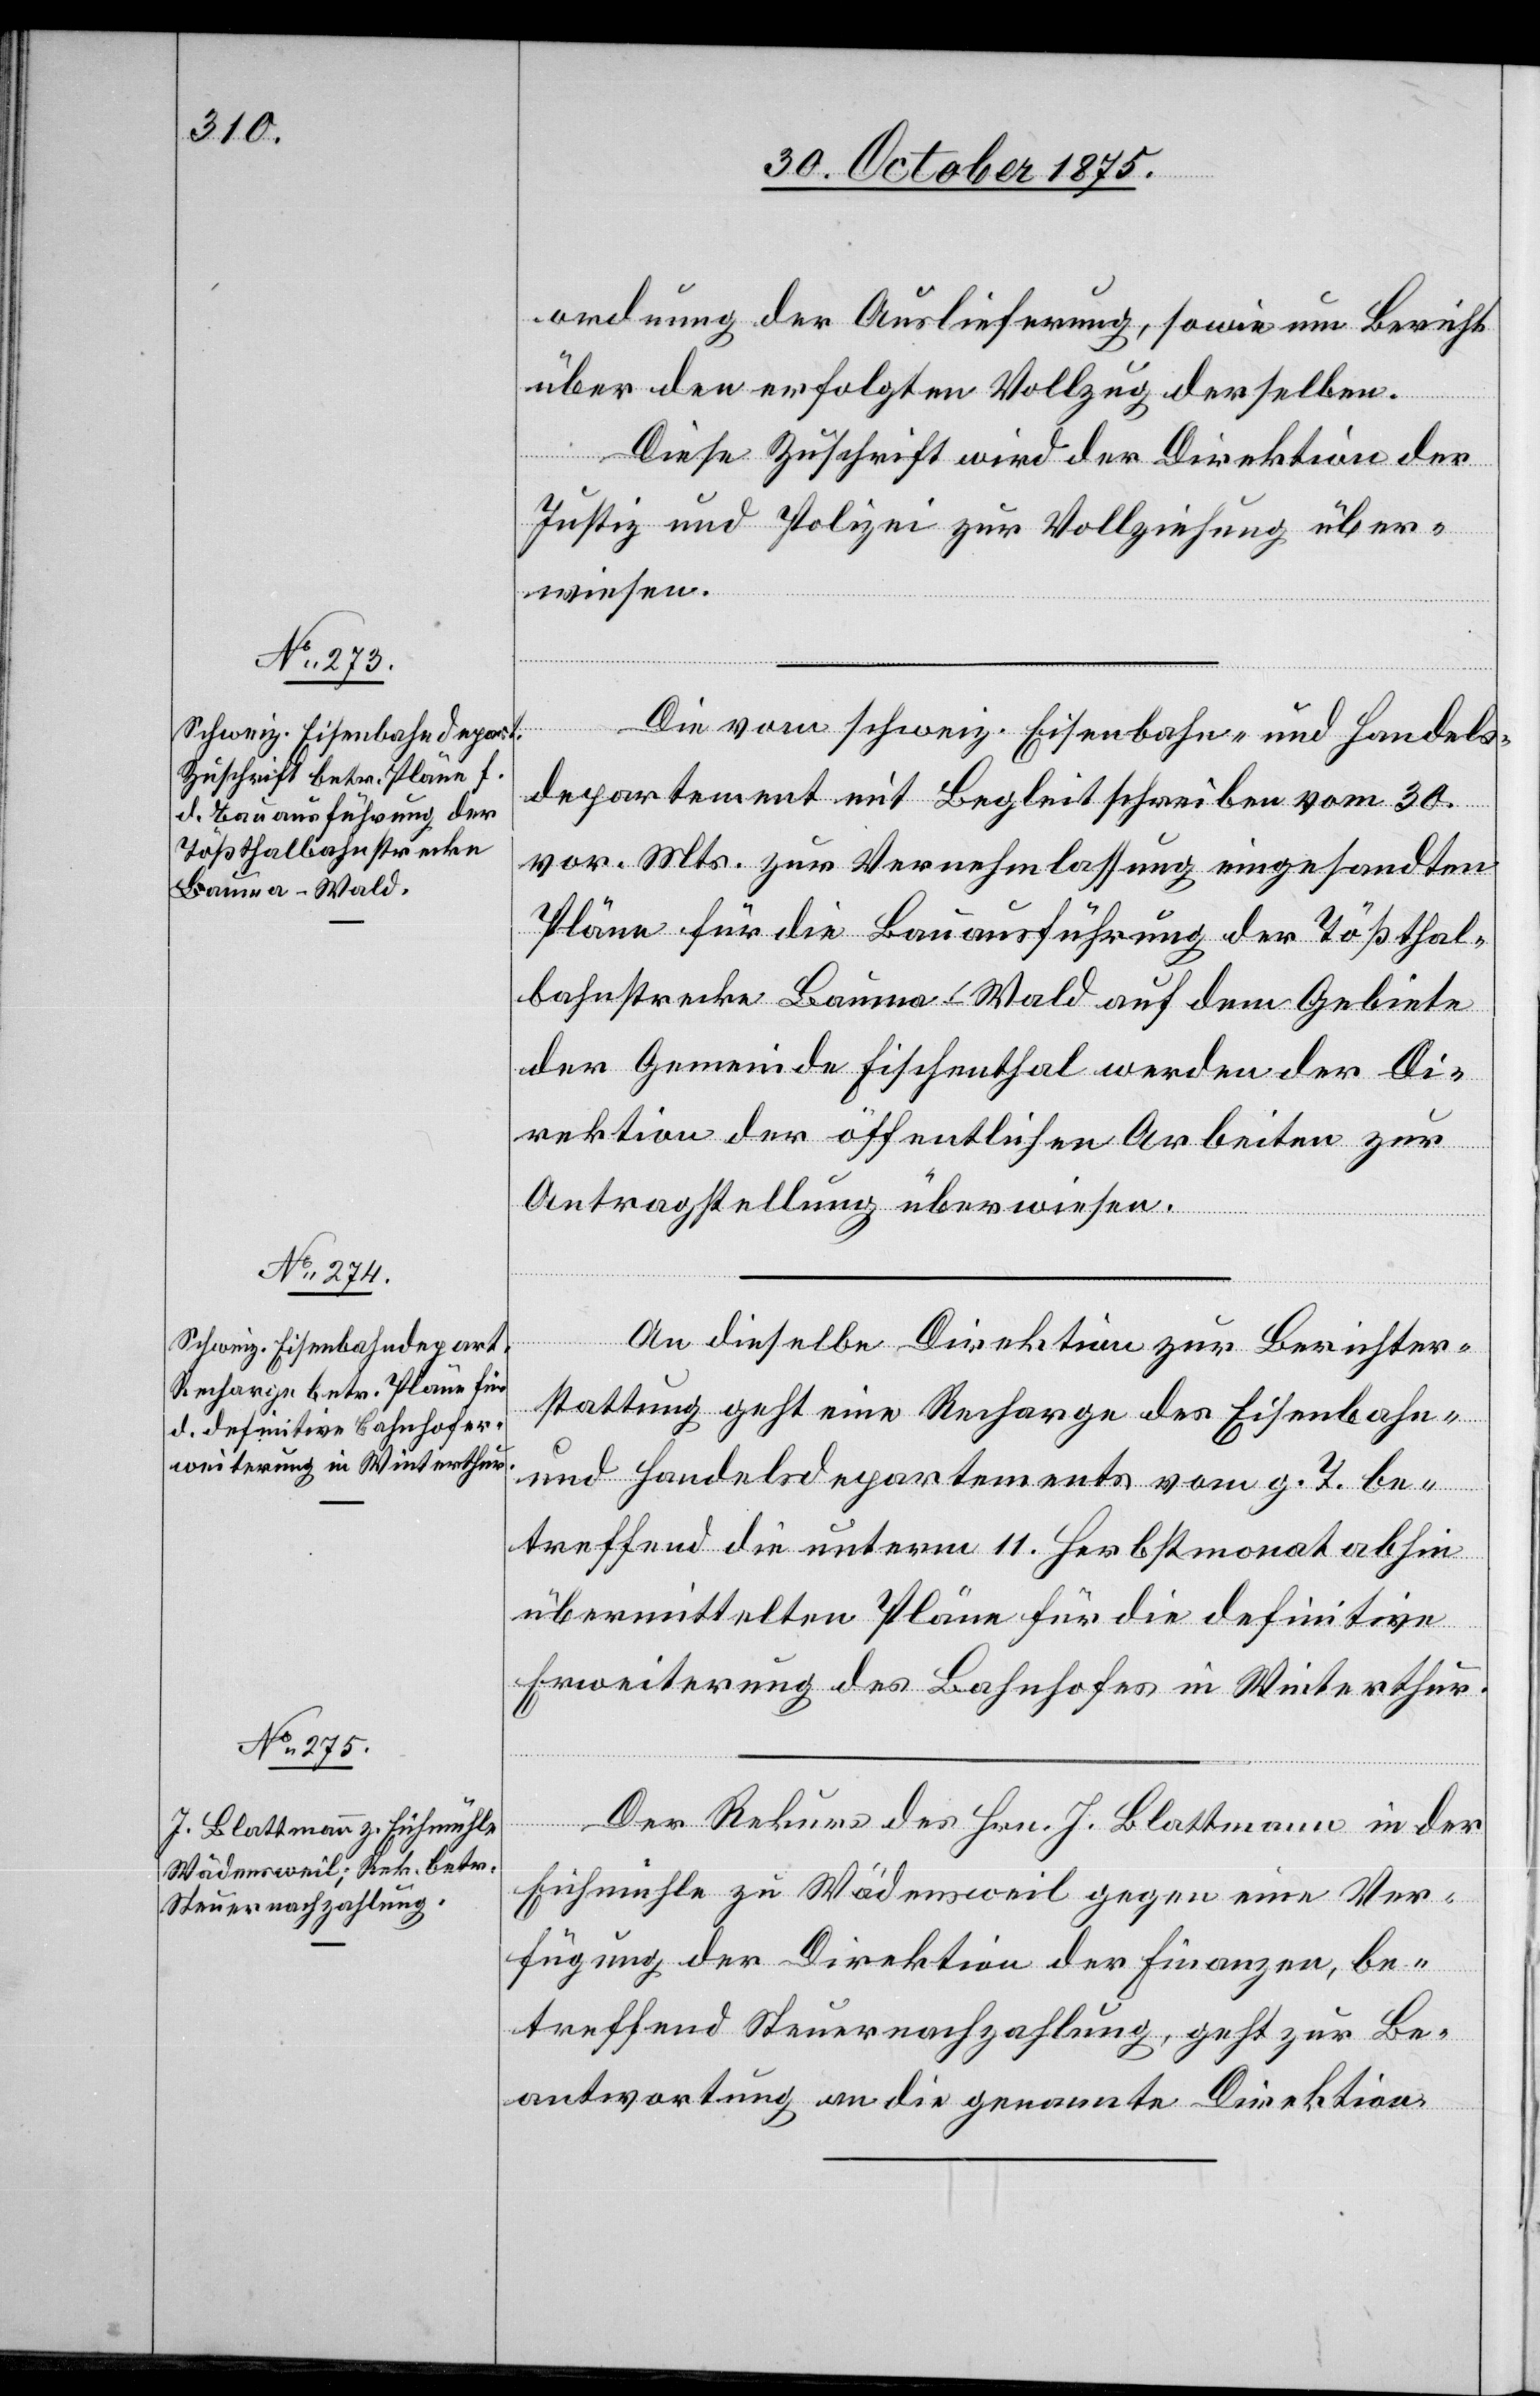
Novem¬
ordnung der Auslieferung, sowie um Bericht
über den erfolgten Vollzug derselben.
Diese Zuschrift wird der Direktion der
Justiz und Polizei zur Vollziehung über¬
wiesen.
Die vom schweiz. Eisenbahn- und Handels¬
departement mit Begleitschreiben vom 30.
vor. Mts. zur Vernehmlassung eingesandten
Pläne für die Bauausführung der Tößthal¬
bahnstrecke Bauma–Wald auf dem Gebiete
der Gemeinde Fischenthal[,] werden der Di¬
rektion der öffentlichen Arbeiten zur
Antragstellung überwiesen.
2.
An dieselbe Direktion zur Berichter¬
stattung geht eine Recharge des Eisenbahn-
und Handelsdepartements vom g. T. be¬
ber
treffend die unterm 11. Herbstmonat abhin
übermittelten Pläne für die definitive
Erweiterung des Bahnhofes in Winterthur.
Der Rekurs des Hrn. J. Blattmann in der
Eichmühle zu Wädensweil gegen eine Ver¬
fügung der Direktion der Finanzen, be¬
treffend Steuernachzahlung, geht zur Be¬
antwortung an die genannte Direktion.